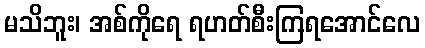
မသိဘူး၊ အစ်ကိုရေ ရဟတ်စီးကြရအောင်လေ